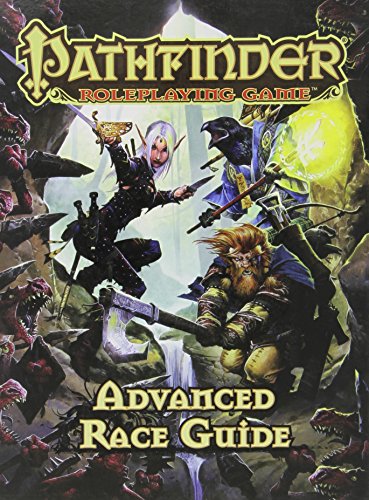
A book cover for Pathfinder Roleplaying Game: Advanced Race Guide; Jason Bulmahn; Science Fiction & Fantasy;